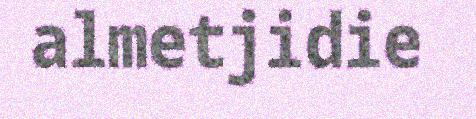
almetjidie